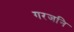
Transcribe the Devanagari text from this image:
गरजनि